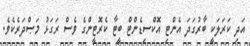
އަދި ކަރަލަކީ ބާރުގަދަ އެންޓި އޮކްސިޑެންޓް ބީޓާ ކެރޮޓީންގެ ވެސް ރަގަޅު މަޞްދަރެކެވެ.